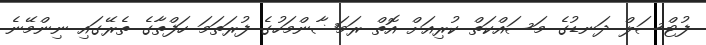
ފުޓްސަލް ދަނޑުގެ މަސައްކަތް ކުރިއަށް އޮތް ރަމަޟާންމަހުގެ ފުރަތަމަ ހަފްތާގެ ތެރޭގައި ނިންމޭނެ